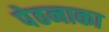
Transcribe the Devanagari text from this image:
पेठनाका